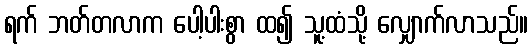
ရက် ဘတ်တလာက ပေါ့ပါးစွာ ထ၍ သူ့ထံသို့ လျှောက်လာသည်။